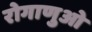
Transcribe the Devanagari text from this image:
रोगाणुओ